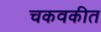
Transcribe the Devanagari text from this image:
चकवकीत